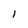
Character: I